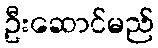
ဦးဆောင်မည်